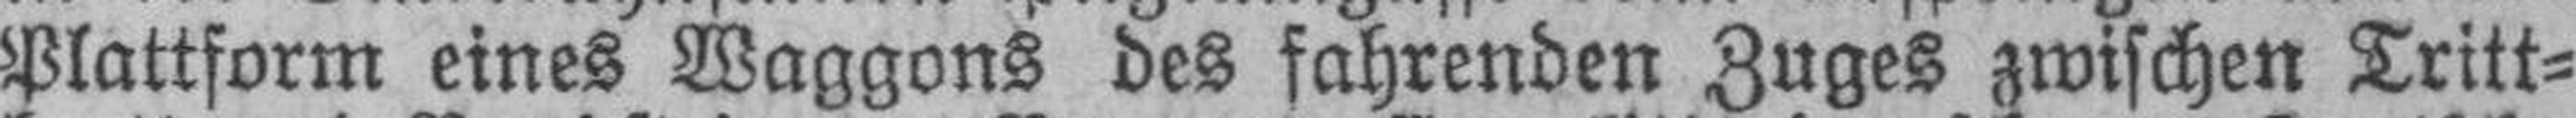
Plattform eines Waggons des fahrenden Zuges zwischen Tritt¬